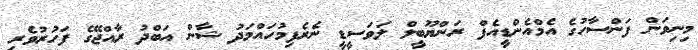
މިނިވަން ފަންސާހުގެ އެމްއެންޑީއެފް ރަންޔޫބީލް ލަވަސީޑީ ނެރެފިމުހައްމަދު ޝާން އަބްދު ރާއްޖޭގެ ފަހުރުވެރި